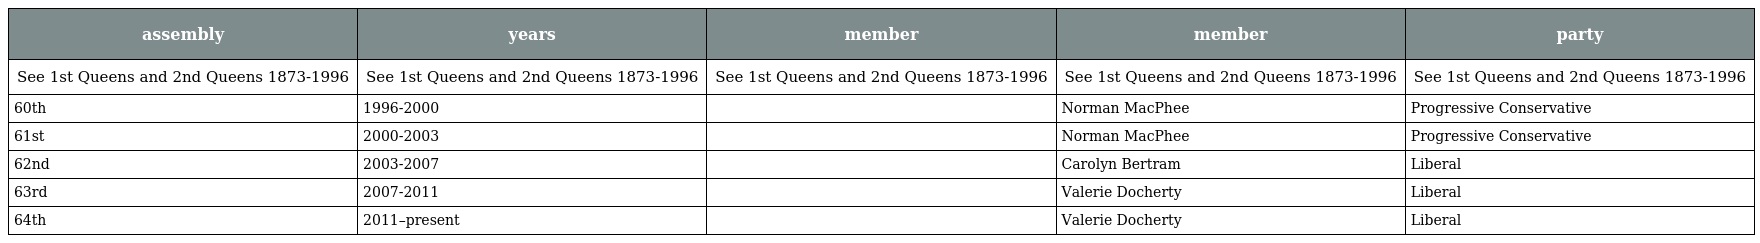
| assembly | years | member | member | party |
 | --- | --- | --- | --- | --- |
 | See 1st Queens and 2nd Queens 1873-1996 | See 1st Queens and 2nd Queens 1873-1996 | See 1st Queens and 2nd Queens 1873-1996 | See 1st Queens and 2nd Queens 1873-1996 | See 1st Queens and 2nd Queens 1873-1996 |
 | 60th | 1996-2000 |  | Norman MacPhee | Progressive Conservative |
 | 61st | 2000-2003 |  | Norman MacPhee | Progressive Conservative |
 | 62nd | 2003-2007 |  | Carolyn Bertram | Liberal |
 | 63rd | 2007-2011 |  | Valerie Docherty | Liberal |
 | 64th | 2011–present |  | Valerie Docherty | Liberal |